Report on the lunatic asylums under the Government of Bombay - 1904-1913
Year: 1904
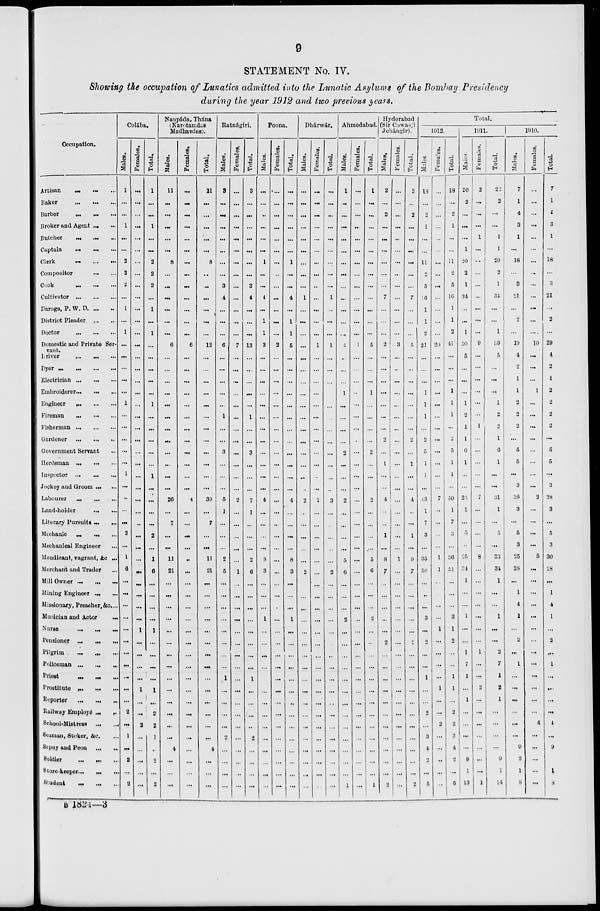
9
STATEMENT No. IV.
Showing the occupation of Lunatics admitted into the Lunatic Asylums of the Bombay Presidency
during the year 1912 and two previous years.
Occupation.
Artisan ... ... ...
Baker
...
...
...
Barber ... ... ...
Broker and Agent ... ...
Butcher
...
...
...
Captain
...
...
...
Clerk ... ... ...
Compositor
...
...
Cook
...
...
...
Cultivator
...
...
...
Darega, P. W. D ... ...
District Pleader
...
...
Doctor
...
...
...
Domestic and Private Ser-
vant.
Driver ... ... ...
Dyer
...
...
...
...
Electrician
...
...
...
Embroiderer ... ... ...
Engineer ... ... ...
Fireman
...
...
...
Fisherman
...
...
...
Gardener
...
...
...
Government Servant ...
Herdsman
...
...
...
Inspector
...
...
...
Jockey and Groom ... ...
Labourer
...
...
...
Land-holder
...
...
Literary Pursuits ... ...
Mechanic ... ... ...
Mechanical Engineer ...
Mendicant, vagrant, &c ...
Merchant and Trader ...
Mill Owner
...
...
...
Mining Engineer
...
...
Missionary, Preacher, &c. ...
Musician and Actor
...
Nurse
...
...
...
Pensioner
...
...
...
Pilgrim
...
...
...
Policeman
...
...
...
Priest ... ... ...
Prostitute
...
...
...
Reporter
...
...
...
Railway Employé ... ...
School-mistress
...
...
Seaman, Stoker, &c. ...
Sepoy and Peon
...
...
Soldier ... ... ...
Store-keeper ... ... ...
Student ... ... ...
Colába.
Males.
1
...
...
1
...
...
2
2
2
...
1
...
1
...
...
...
...
...
1
...
...
...
...
...
1
...
...
...
...
2
...
1
6
...
...
...
...
...
...
...
...
...
...
...
2
...
1
...
2
...
2
Females.
...
...
...
...
...
...
...
...
...
...
...
...
...
...
...
...
...
...
...
...
...
...
...
...
...
...
...
...
...
...
...
...
...
...
...
...
...
1
...
...
...
...
1
...
...
2
...
...
...
...
...
Total.
1
...
...
1
...
...
2
2
2
...
1
...
1
...
...
...
...
...
1
...
...
...
...
...
1
...
...
...
...
2
...
1
6
...
...
...
...
1
...
...
...
...
1
...
2
2
1
...
2
...
2
Naupáda, Thána
(Narotamdas
Madhavdas).
Males.
11
...
...
...
...
...
8
...
...
...
...
...
...
6
...
...
...
...
...
...
...
...
...
...
...
...
26
...
7
...
...
11
21
...
...
...
...
...
...
...
...
...
...
...
...
...
...
4
...
...
...
Females.
...
...
...
...
...
...
...
...
...
...
...
...
...
6
...
...
...
...
...
...
...
...
...
...
...
...
4
...
...
...
...
...
...
...
...
...
...
...
...
...
...
...
...
...
...
...
...
...
...
...
...
Total.
11
...
...
...
...
...
8
...
...
...
...
...
...
12
...
...
...
...
...
...
...
...
...
...
...
...
30
...
7
...
...
11
21
...
...
...
...
...
...
...
...
...
...
...
...
...
...
4
...
...
...
Ratnágiri.
Males.
3
...
...
...
...
...
...
...
3
4
...
...
...
6
...
...
...
...
...
1
...
...
3
...
...
...
5
1
...
...
...
2
5
...
...
...
...
...
...
...
...
1
...
...
...
...
2
...
...
...
...
Females.
...
...
...
...
...
...
...
...
...
...
...
...
...
7
...
...
...
...
...
...
...
...
...
...
...
...
2
...
...
...
...
...
1
...
...
...
...
...
...
...
...
...
...
...
...
...
...
...
...
...
...
Total.
3
...
...
...
...
...
...
...
3
4
...
...
...
13
...
...
...
...
...
1
...
...
3
...
...
...
7
1
...
...
...
2
6
...
...
...
...
...
...
...
...
1
...
...
...
...
2
...
...
...
...
Poona.
Males.
...
...
..
...
...
...
1
...
...
4
...
1
1
3
...
...
...
...
...
...
...
...
...
...
...
...
4
...
...
...
...
8
3
...
...
...
1
...
...
...
...
...
...
...
...
...
...
...
...
...
...
Females.
...
...
...
...
...
...
...
...
...
...
...
...
...
2
...
...
...
...
...
...
...
...
...
...
...
...
...
...
...
...
...
...
...
...
...
...
...
...
...
...
...
...
...
...
...
...
...
...
...
...
...
Total.
...
...
...
...
...
...
1
...
...
4
...
1
1
5
...
...
...
...
...
...
...
...
...
...
...
...
4
...
...
...
...
8
3
...
...
...
1
...
...
...
...
...
...
...
...
...
...
...
...
...
...
Dhárwár.
Males.
...
...
...
...
...
...
...
...
...
1
...
...
...
...
...
...
...
...
...
...
...
...
...
...
...
...
2
...
...
...
...
...
2
...
...
...
...
...
...
...
...
...
...
...
...
...
...
...
...
...
...
Females.
...
...
...
...
...
...
...
...
...
...
...
...
...
1
...
...
...
...
...
...
...
...
...
...
...
...
1
...
...
...
...
...
...
...
...
...
...
...
...
...
...
...
...
...
...
...
...
...
...
...
...
Total.
...
...
...
...
...
...
...
...
...
1
...
...
...
1
...
...
...
...
...
...
...
...
...
...
...
...
3
...
...
...
...
...
2
...
...
...
...
...
...
...
...
...
...
...
...
...
...
...
...
...
...
Ahmedabad.
Males.
1
...
...
...
...
...
...
...
...
...
...
...
...
4
...
...
...
1
...
...
...
...
2
...
...
...
2
...
...
...
...
5
6
...
...
...
2
...
...
...
...
...
...
...
...
...
...
...
...
...
1
Females.
...
...
...
...
...
...
...
...
...
...
...
...
...
1
...
...
...
...
...
...
...
...
...
...
...
...
...
...
...
...
...
...
...
...
...
...
...
...
...
...
...
...
...
...
...
...
...
...
...
...
...
Total.
1
...
...
...
...
...
...
...
...
...
...
...
...
5
...
...
...
1
...
...
...
...
2
...
...
...
2
...
...
...
...
5
6
...
...
...
2
...
..
...
...
...
...
...
...
...
...
...
...
...
1
Hyderabad
(Sir Cowasji
Jehángir).
Males.
2
...
2
...
...
...
...
...
...
7
...
...
...
2
...
...
...
...
...
...
...
2
...
1
...
...
4
...
..
1
...
8
7
...
...
...
...
...
2
...
...
...
...
...
...
...
...
...
...
...
2
Females.
...
...
...
...
...
...
...
...
...
...
...
...
...
3
...
...
...
...
...
...
...
...
...
...
...
...
...
...
...
...
...
1
...
...
...
...
...
...
...
...
...
...
...
...
...
...
...
...
...
...
...
Total.
2
...
2
...
...
...
...
...
...
7
...
...
...
5
...
..
...
...
...
...
...
2
...
1
...
...
4
..
...
1
...
9
7
...
...
...
...
...
2
...
...
...
...
...
...
...
...
...
...
...
2
Total.
1912.
Males.
18
...
2
1
...
...
11
2
5
6
1
1
2
21
...
...
...
1
1
1
...
2
5
1
1
...
43
1
7
3
...
35
50
...
...
...
3
...
2
...
...
1
...
...
2
...
3
4
2
...
5
Females.
...
...
...
...
...
...
...
...
...
...
...
...
...
20
...
...
...
...
...
...
...
...
...
...
...
...
7
...
...
...
...
1
1
...
...
...
...
1
...
...
...
...
1
...
...
2
...
...
..
...
...
Total.
18
...
2
1
...
...
11
2
5
16
1
1
2
41
...
...
...
1
1
1
...
2
5
1
1
...
50
1
7
3
...
36
51
...
...
...
3
1
2
...
...
1
1
...
2
2
3
4
2
...
5
1911.
Males
20
2
...
...
...
1
20
2
1
34
...
...
1
30
5
...
...
...
1
2
1
1
6
1
...
...
24
1
...
5
...
25
34
1
...
...
1
...
...
1
7
1
...
1
...
...
...
...
9
1
13
Females.
2
...
...
...
1
...
...
...
...
...
...
...
...
9
...
...
...
...
...
...
1
...
...
...
...
...
7
...
...
...
...
8
...
...
...
...
...
...
...
1
...
...
2
...
...
...
...
...
...
...
1
Total.
22
2
...
...
1
1
20
2
1
34
...
...
1
39
5
...
...
...
1
2
2
1
6
1
...
31
1
...
5
...
33
34
1
...
...
1
...
...
2
7
1
2
1
...
...
...
...
9
1
14
1910.
Males.
7
1
4
3
1
...
18
...
3
21
...
2
...
19
4
2
1
1
2
2
2
...
5
5
...
3
36
3
...
5
3
25
28
...
1
4
1
...
2
...
1
...
...
...
...
...
...
9
2
1
8
Females.
...
...
...
...
...
...
...
...
...
...
...
...
...
10
...
...
...
1
...
...
...
...
...
...
...
...
2
...
...
...
...
5
...
...
...
...
...
...
...
...
...
...
...
...
...
4
...
...
...
...
...
Total.
7
1
4
3
1
...
18
...
3
21
...
2
...
29
4
2
1
2
2
2
2
...
5
5
...
3
38
3
...
5
3
30
28
...
1
4
1
...
2
...
1
...
...
...
...
4
...
9
2
1
8
B 1824—3